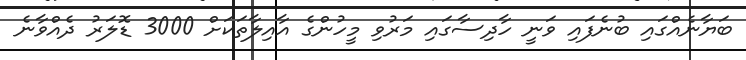
ބަޔާނެއްގައި ބުނެފައި ވަނީ ހާދިސާގައި މަރުވި މީހުންގެ އާއިލާތަކަށް 3000 ޑޮލަރު ދެއްވާނެ